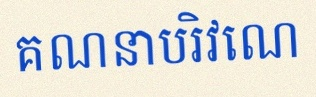
គណនាបរិវេណ